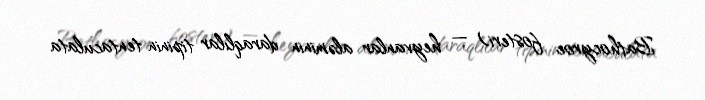
Bathocyroe fosteri) — heyvanlar aləminin daraqlılar tipinin tentaculata